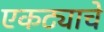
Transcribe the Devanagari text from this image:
एकट्याचे